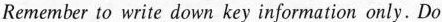
Remember to write down key information only. Do